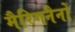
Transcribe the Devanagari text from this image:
मैरिगनैनों